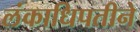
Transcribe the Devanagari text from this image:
लंकाधिपतीने